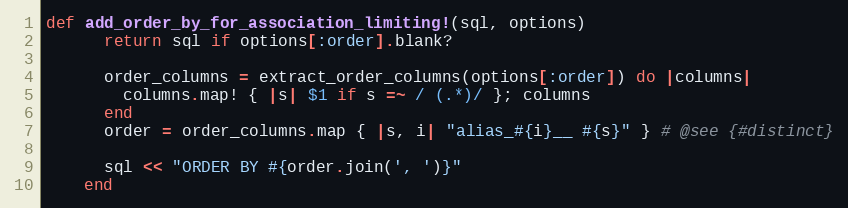
Language: Ruby
def add_order_by_for_association_limiting!(sql, options)
      return sql if options[:order].blank?

      order_columns = extract_order_columns(options[:order]) do |columns|
        columns.map! { |s| $1 if s =~ / (.*)/ }; columns
      end
      order = order_columns.map { |s, i| "alias_#{i}__ #{s}" } # @see {#distinct}

      sql << "ORDER BY #{order.join(', ')}"
    end